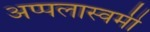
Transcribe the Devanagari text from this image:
अप्पलास्वमी